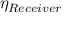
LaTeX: \eta _ { R e c e i v e r }